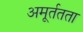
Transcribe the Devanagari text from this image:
अमूर्ततता